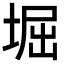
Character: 堀